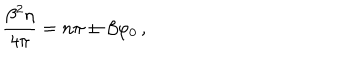
\frac { \beta ^ { 2 } \eta } { 4 \pi } = n \pi \pm \beta \varphi _ { 0 } \, ,